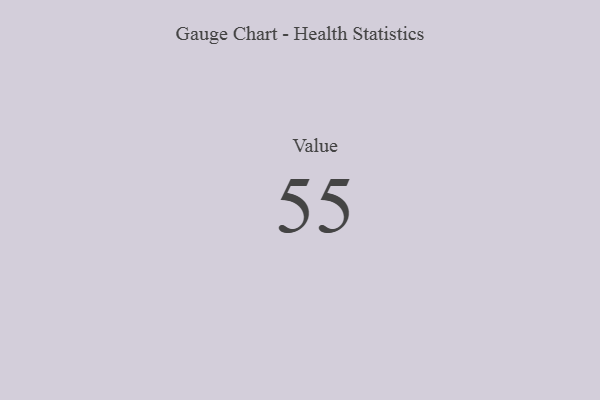
{"axis": {"x": "Metric", "y": "Value"}, "legend": [""], "data": [{"x": "Value", "y": 55, "type": ""}]}